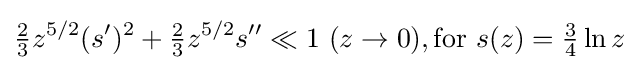
{\tfrac {2}{3}}z^{5/2}(s^{\prime })^{2}+{\tfrac {2}{3}}z^{5/2}s^{\prime \prime }\ll 1\ (z\to 0),{\text{for}}\ s(z)={\tfrac {3}{4}}\ln z